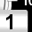
Digit: 1